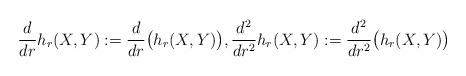
LaTeX: \begin{align*} \frac{d}{dr}h_r(X,Y):=\frac{d}{dr}\big(h_r(X,Y)\big), \frac{d^2}{dr^2}h_r(X,Y):=\frac{d^2}{dr^2}\big(h_r(X,Y)\big) \end{align*}